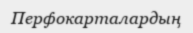
Перфокарталардың